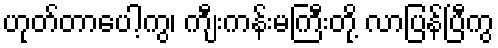
ဟုတ်တာပေါ့ကွ၊ ကျီးကန်းမကြီးတို့ လာပြန်ပြီကွ